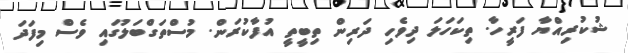
ޝުކުރިއްޔާ ފަރީހާ. ތިކަހަލަ ދިވެހި ދަރިން ތިބީތީ އުފާކުރަން. މުސްތަގްބަލުގައި ވެސް މިފަދަ